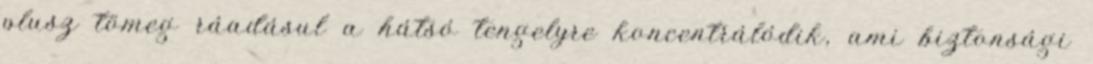
plusz tömeg ráadásul a hátsó tengelyre koncentrálódik, ami biztonsági